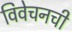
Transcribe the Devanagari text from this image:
विवेचनची